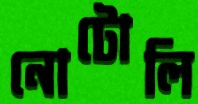
নোটোলি